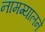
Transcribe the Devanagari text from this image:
नामग्यालने